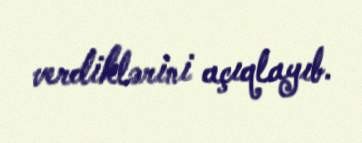
verdiklərini açıqlayıb.